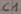
Text: C1